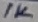
Text: 1K